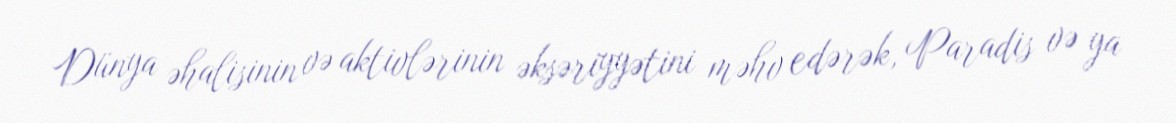
Dünya əhalisinin və aktivlərinin əksəriyyətini məhv edərək, Paradis və ya